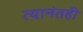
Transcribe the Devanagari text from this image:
त्यानंतही